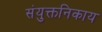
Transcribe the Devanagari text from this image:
संयुक्तनिकाय